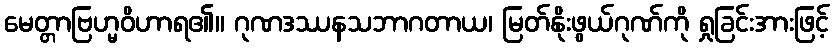
မေတ္တာဗြဟ္မဝိဟာရ၏။ ဂုဏဒဿနသဘာဂတာယ၊ မြတ်နိုးဖွယ်ဂုဏ်ကို ရှုခြင်းအားဖြင့်